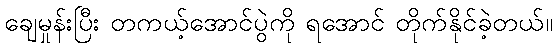
ချေမှုန်းပြီး တကယ့်အောင်ပွဲကို ရအောင် တိုက်နိုင်ခဲ့တယ်။